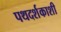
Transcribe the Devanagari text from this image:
पथदर्शकाशी